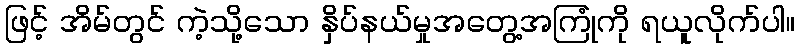
ဖြင့် အိမ်တွင် ကဲ့သို့သော နှိပ်နယ်မှုအတွေ့အကြုံကို ရယူလိုက်ပါ။